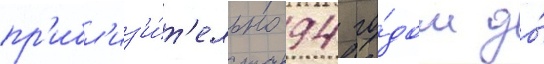
пр'ибл'из'и́т'ельно 94 го́дом до́